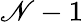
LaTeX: \mathscr{N}-1